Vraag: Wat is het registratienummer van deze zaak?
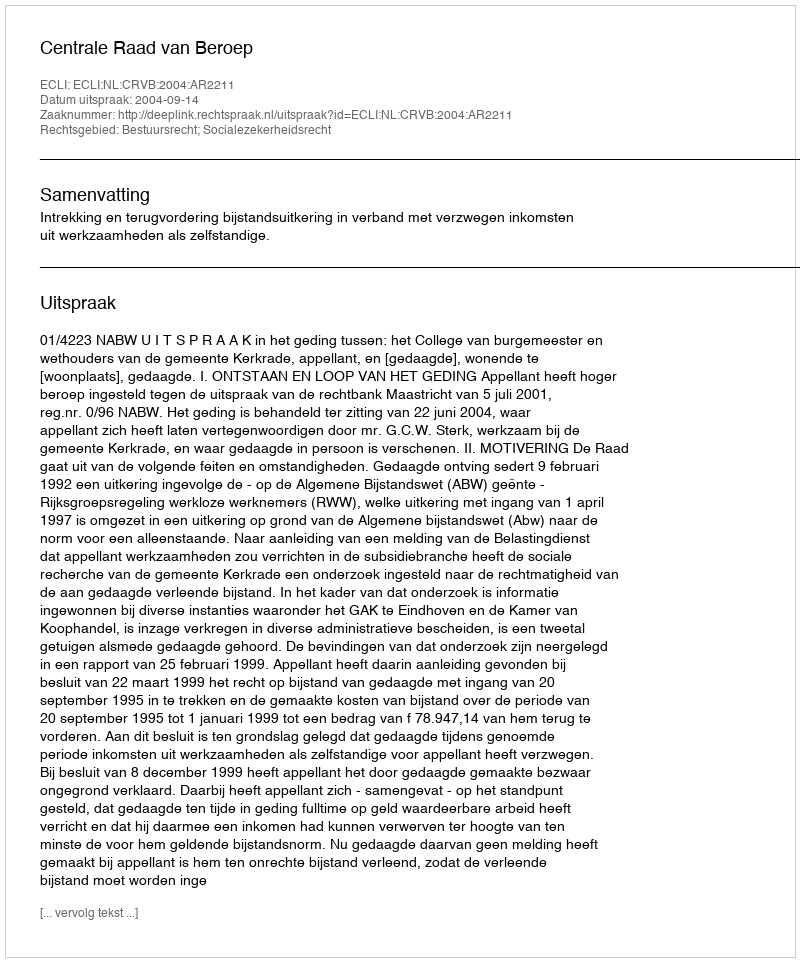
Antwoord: http://deeplink.rechtspraak.nl/uitspraak?id=ECLI:NL:CRVB:2004:AR2211